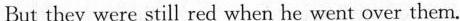
But they were still red when he went over them.